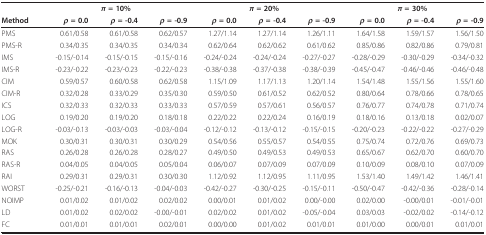
<table><thead><tr><td></td><td colspan="3"><b><i>π </i>= 10%</b></td><td colspan="3"><b><i>π </i>= 20%</b></td><td colspan="3"><b><i>π </i>= 30%</b></td></tr><tr><td><b>Method</b></td><td><b><i>ρ </i>= 0.0</b></td><td><b><i>ρ </i>= -0.4</b></td><td><b><i>ρ </i>= -0.9</b></td><td><b><i>ρ </i>= 0.0</b></td><td><b><i>ρ </i>= -0.4</b></td><td><b><i>ρ </i>= -0.9</b></td><td><b><i>ρ </i>= 0.0</b></td><td><b><i>ρ </i>= -0.4</b></td><td><b><i>ρ </i>= -0.9</b></td></tr></thead><tbody><tr><td>PMS</td><td>0.61/0.58</td><td>0.61/0.58</td><td>0.62/0.57</td><td>1.27/1.14</td><td>1.27/1.14</td><td>1.26/1.11</td><td>1.64/1.58</td><td>1.59/1.57</td><td>1.56/1.50</td></tr><tr><td>PMS-R</td><td>0.34/0.35</td><td>0.34/0.35</td><td>0.34/0.34</td><td>0.62/0.64</td><td>0.62/0.62</td><td>0.61/0.62</td><td>0.85/0.86</td><td>0.82/0.86</td><td>0.79/0.81</td></tr><tr><td>IMS</td><td>-0.15/-0.14</td><td>-0.15/-0.15</td><td>-0.15/-0.16</td><td>-0.24/-0.24</td><td>-0.24/-0.24</td><td>-0.27/-0.27</td><td>-0.28/-0.29</td><td>-0.30/-0.29</td><td>-0.34/-0.32</td></tr><tr><td>IMS-R</td><td>-0.23/-0.22</td><td>-0.23/-0.23</td><td>-0.22/-0.23</td><td>-0.38/-0.38</td><td>-0.37/-0.38</td><td>-0.38/-0.39</td><td>-0.45/-0.47</td><td>-0.46/-0.46</td><td>-0.46/-0.48</td></tr><tr><td>CIM</td><td>0.59/0.57</td><td>0.60/0.58</td><td>0.62/0.58</td><td>1.15/1.09</td><td>1.17/1.13</td><td>1.20/1.14</td><td>1.54/1.48</td><td>1.55/1.56</td><td>1.55/1.60</td></tr><tr><td>CIM-R</td><td>0.32/0.28</td><td>0.33/0.29</td><td>0.35/0.30</td><td>0.59/0.50</td><td>0.61/0.52</td><td>0.62/0.52</td><td>0.80/0.64</td><td>0.78/0.66</td><td>0.78/0.65</td></tr><tr><td>ICS</td><td>0.32/0.33</td><td>0.32/0.33</td><td>0.33/0.33</td><td>0.57/0.59</td><td>0.57/0.61</td><td>0.56/0.57</td><td>0.76/0.77</td><td>0.74/0.78</td><td>0.71/0.74</td></tr><tr><td>LOG</td><td>0.19/0.20</td><td>0.19/0.20</td><td>0.18/0.18</td><td>0.22/0.22</td><td>0.22/0.24</td><td>0.16/0.19</td><td>0.18/0.16</td><td>0.13/0.18</td><td>0.02/0.07</td></tr><tr><td>LOG-R</td><td>-0.03/-0.13</td><td>-0.03/-0.03</td><td>-0.03/-0.04</td><td>-0.12/-0.12</td><td>-0.13/-0.12</td><td>-0.15/-0.15</td><td>-0.20/-0.23</td><td>-0.22/-0.22</td><td>-0.27/-0.29</td></tr><tr><td>MOK</td><td>0.30/0.31</td><td>0.30/0.31</td><td>0.30/0.29</td><td>0.54/0.56</td><td>0.55/0.57</td><td>0.54/0.55</td><td>0.75/0.74</td><td>0.72/0.76</td><td>0.69/0.73</td></tr><tr><td>RAS</td><td>0.26/0.28</td><td>0.26/0.28</td><td>0.28/0.27</td><td>0.49/0.50</td><td>0.49/0.53</td><td>0.49/0.53</td><td>0.65/0.67</td><td>0.62/0.70</td><td>0.60/0.70</td></tr><tr><td>RAS-R</td><td>0.04/0.05</td><td>0.04/0.05</td><td>0.05/0.04</td><td>0.06/0.07</td><td>0.07/0.09</td><td>0.07/0.09</td><td>0.10/0.09</td><td>0.08/0.10</td><td>0.07/0.09</td></tr><tr><td>RAI</td><td>0.29/0.31</td><td>0.29/0.31</td><td>0.30/0.30</td><td>1.12/0.92</td><td>1.12/0.95</td><td>1.11/0.95</td><td>1.53/1.40</td><td>1.49/1.42</td><td>1.46/1.41</td></tr><tr><td>WORST</td><td>-0.25/-0.21</td><td>-0.16/-0.13</td><td>-0.04/-0.03</td><td>-0.42/-0.27</td><td>-0.30/-0.25</td><td>-0.15/-0.11</td><td>-0.50/-0.47</td><td>-0.42/-0.36</td><td>-0.28/-0.14</td></tr><tr><td>NOIMP</td><td>0.01/0.02</td><td>0.01/0.02</td><td>0.02/0.02</td><td>0.00/0.01</td><td>0.01/0.02</td><td>0.00/-0.00</td><td>0.02/0.00</td><td>-0.00/0.01</td><td>-0.01/-0.01</td></tr><tr><td>LD</td><td>0.01/0.02</td><td>0.02/0.02</td><td>-0.00/-0.01</td><td>0.02/0.02</td><td>0.01/0.02</td><td>-0.05/-0.04</td><td>0.03/0.03</td><td>-0.02/0.02</td><td>-0.14/-0.12</td></tr><tr><td>FC</td><td>0.01/0.01</td><td>0.01/0.01</td><td>0.02/0.01</td><td>0.00/0.00</td><td>0.01/0.02</td><td>0.01/0.01</td><td>0.01/0.00</td><td>0.00/0.01</td><td>0.01/0.01</td></tr></tbody></table>